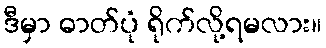
ဒီမှာ ဓာတ်ပုံ ရိုက်လို့ရမလား။